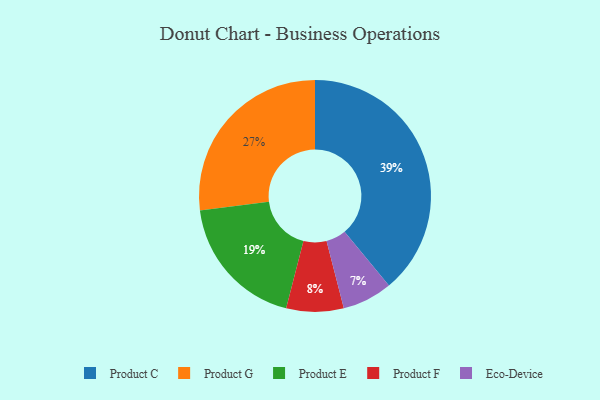
{"axis": {"x": "Category", "y": "Percentage"}, "legend": ["Eco-Device", "Product C", "Product E", "Product F", "Product G"], "data": [{"x": "Product C", "y": 39, "type": "Product C"}, {"x": "Product E", "y": 19, "type": "Product E"}, {"x": "Product F", "y": 8, "type": "Product F"}, {"x": "Eco-Device", "y": 7, "type": "Eco-Device"}, {"x": "Product G", "y": 27, "type": "Product G"}]}